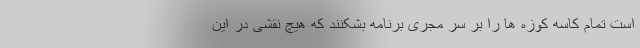
است تمام کاسه کوزه ها را بر سر مجری برنامه بشکنند که هیچ نقشی در این